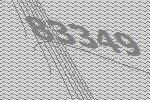
83349